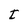
Character: t